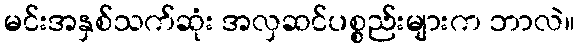
မင်းအနှစ်သက်ဆုံး အလှဆင်ပစ္စည်းများက ဘာလဲ။